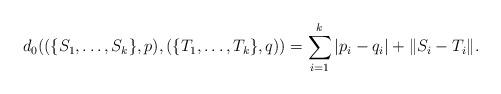
LaTeX: \begin{align*}d_0((\{S_1,\ldots,S_k\},p),(\{T_1,\ldots,T_k\},q)) = \sum_{i=1}^{k} |p_i-q_i| + \|S_i-T_i\|.\end{align*}